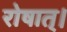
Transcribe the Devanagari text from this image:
रोषात्।